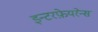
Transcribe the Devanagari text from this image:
इन्टरफ़ेयरेन्स